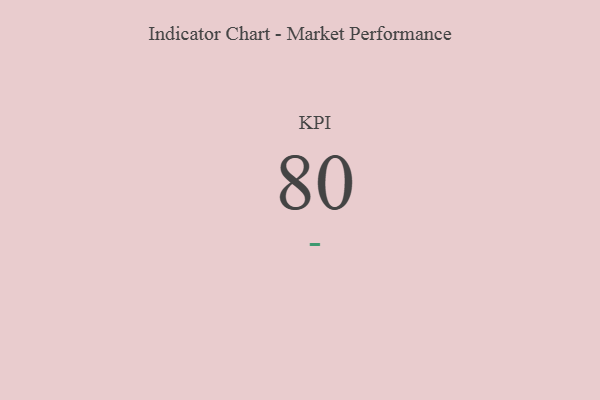
{"axis": {"x": "KPI", "y": "Value"}, "legend": [""], "data": [{"x": "KPI", "y": 80, "type": ""}]}